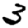
Digit: 3